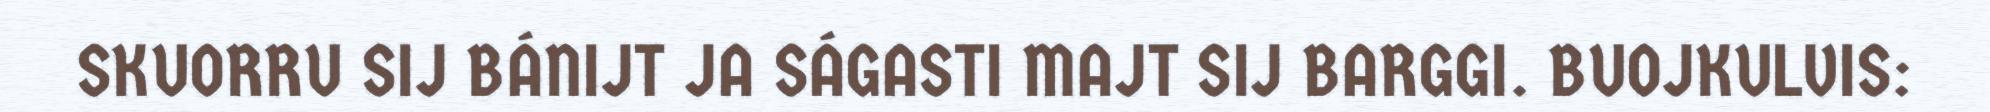
SKUORRU SIJ BÁNIJT JA SÁGASTI MAJT SIJ BARGGI. BUOJKULVIS: